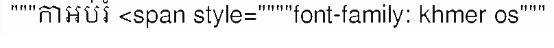
"""កាអប់រំ <span style=""""font-family: khmer os"""